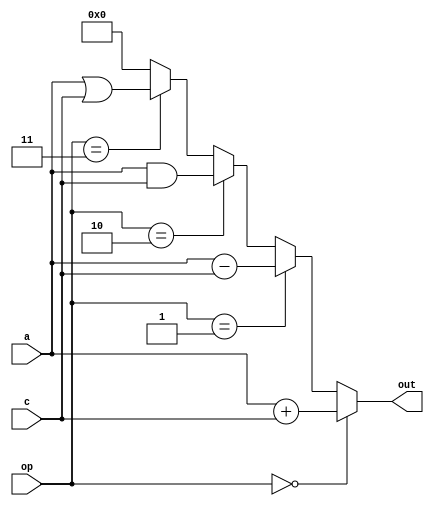
module ALU(
	input [31:0] a, c,
	input [1:0] op,
	output [31:0] out
);

assign out = op == 0 ? a + c
			: op == 1 ? a - c
			: op == 2 ? a & c
			: op == 3 ? a | c
			: 0; // unrechable

endmodule